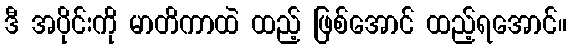
ဒီ အပိုင်းကို မာတိကာထဲ ထည့် ဖြစ်အောင် ထည့်ရအောင်။